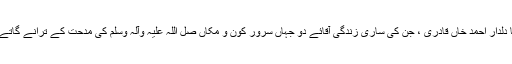
محترم چچا رانا دلدار احمد خاں قادری ، جن کی ساری زندگی آقائے دو جہاں سرور کون و مکاں صل اللہ علیہ وآلہٖ وسلم کی مدحت کے ترانے گاتے ہوئے گزری ۔